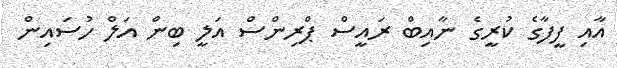
އާއި ފީފާގެ ކުރީގެ ނާއިބް ރައީސް ޕްރިންސް އަލީ ބިން އަލް ހުސައިން